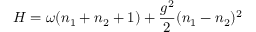
H = \omega ( n _ { 1 } + n _ { 2 } + 1 ) + \frac { g ^ { 2 } } { 2 } ( n _ { 1 } - n _ { 2 } ) ^ { 2 }